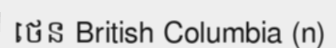
ថេន British Columbia (n)